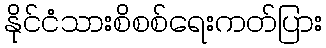
နိုင်ငံသားစိစစ်ရေးကတ်ပြား